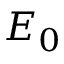
E _ { 0 }